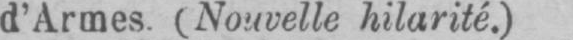
d’Armes. (Nouvelle hilarité.)